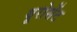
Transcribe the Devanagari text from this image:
यूरोसेंट